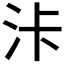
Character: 𣳓